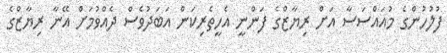
ފުލުހުންގެ މުއައްސަސާ އަށް ރިޔާޒްގެ ފަންނީ އެހީތެރިކަން އަބަދުވެސް ދެއްވުމަށް އޭނާ ރިޔާޒްގެ